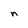
Character: n